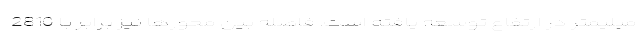
میلیمتر در ارتفاع توسعه یافته است. فاصله بین محورها نیز برابر با 2810